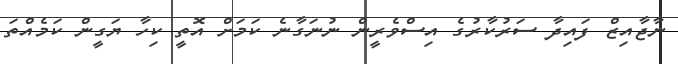
ނާޖާއިޒް ފައިދާ ސަރުކާރުގެ އިސްވެރީން ނުނަގާނެ ކަމަށް އޮތީ ކިހާ ޔަގީން ކަމެއްތަ